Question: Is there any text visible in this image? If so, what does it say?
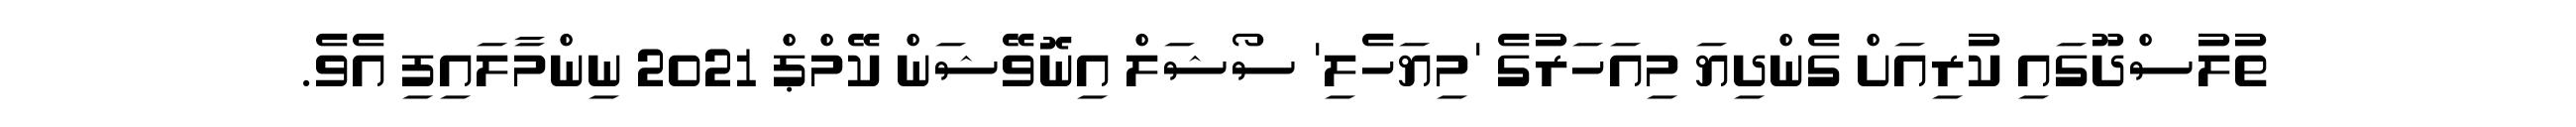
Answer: ތުލުސްދޫގައި ކުރިއަށް ގެންދިޔަ މިއަހަރުގެ 'މިޔަހެލި' ސޯޝަލް އިނޮވޭޝަން ކޭމްޕް 2021 ނިންމާލައިފި އެވެ.